Triennial report on the lunatic asylums in the province of Eastern Bengal and Assam - 1903-1911
Year: 1903
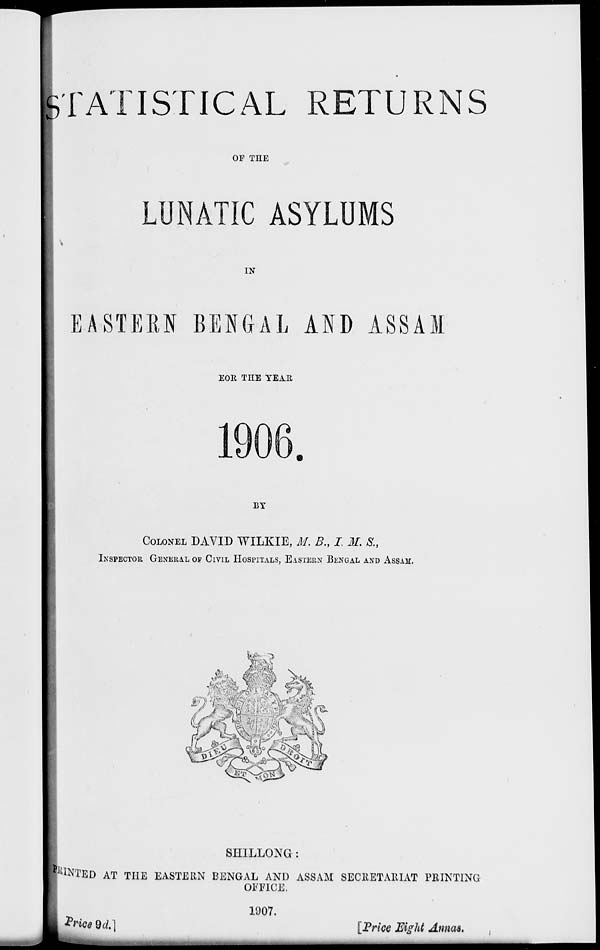
STATISTICAL RETURNS
OF THE
LUNATIC ASYLUMS
IN
EASTERN BENGAL AND ASSAM
FOR THE YEAR
1906.
BY
COLONEL DAVID WILKIE, M. B., I. M. S.,
INSPECTOR GENERAL OF CIVIL HOSPITALS, EASTERN BENGAL AND ASSAM.
SHILLONG:
PRINTED AT THE EASTERN BENGAL AND ASSAM SECRETARIAT PRINTING
OFFICE.
1907.
Price 9d.]
[Price Eight Annas.